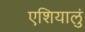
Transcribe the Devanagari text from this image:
एशियालुं